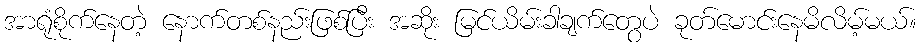
အာရုံစိုက်နေတဲ့ နောက်တစ်နည်းဖြစ်ပြီး အဆိုး မြင်ယိမ်းခါချက်တွေပဲ ခုတ်မောင်းနေမိလိမ့်မယ်။